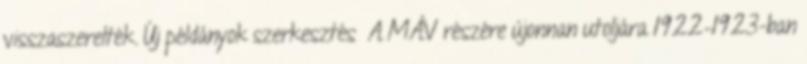
visszaszerelték. Új példányok szerkesztés A MÁV részére újonnan utoljára 1922–1923-ban